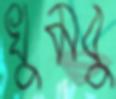
খুমবু